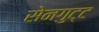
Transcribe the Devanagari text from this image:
सेनगुट्ट